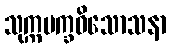
သုက္ကပက္ခဝိသောသနာ